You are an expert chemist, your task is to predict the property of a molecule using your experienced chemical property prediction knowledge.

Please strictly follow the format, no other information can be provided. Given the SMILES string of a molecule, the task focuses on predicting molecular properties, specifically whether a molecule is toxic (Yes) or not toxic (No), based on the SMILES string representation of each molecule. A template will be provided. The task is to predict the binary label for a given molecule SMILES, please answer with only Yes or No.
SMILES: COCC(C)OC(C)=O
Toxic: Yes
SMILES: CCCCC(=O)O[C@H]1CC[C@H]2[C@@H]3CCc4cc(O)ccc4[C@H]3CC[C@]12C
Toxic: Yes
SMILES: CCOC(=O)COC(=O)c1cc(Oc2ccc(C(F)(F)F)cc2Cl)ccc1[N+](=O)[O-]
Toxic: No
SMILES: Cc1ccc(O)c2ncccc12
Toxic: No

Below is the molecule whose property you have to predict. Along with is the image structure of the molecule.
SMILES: CCCCCOC(=O)CCCC
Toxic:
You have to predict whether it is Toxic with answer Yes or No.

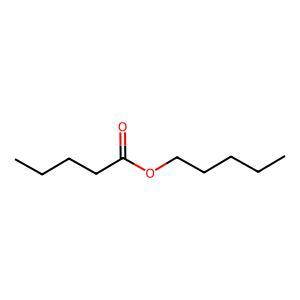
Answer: No